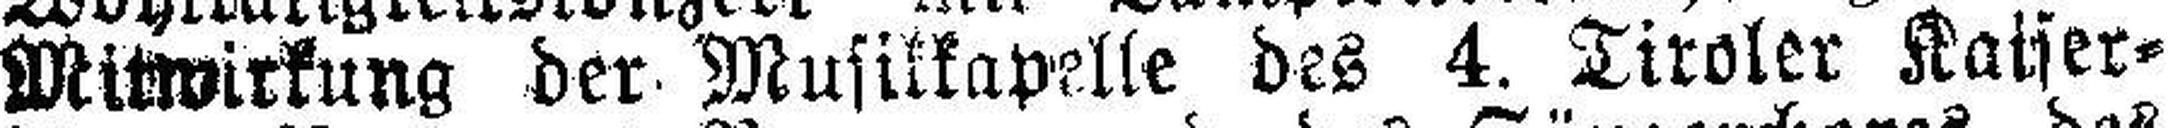
Mitwirkung der Musikkapelle des 4. Tiroler Kaiser¬